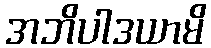
အဘိပါဒယာမိ